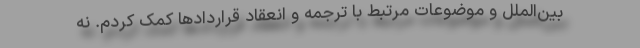
بین‌الملل و موضوعات مرتبط با ترجمه و انعقاد قراردادها کمک کردم. نه